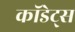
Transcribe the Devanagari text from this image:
कॉडेट्स